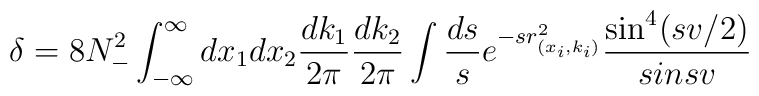
\delta=8N_{-}^{2}\int_{-\infty}^{\infty} dx_1 dx_2 \frac{dk_1}{2\pi}\frac{dk_2}{2\pi}\int \frac{ds}{s} e^{-sr^2_{(x_i,k_i)}}\frac{\sin^{4} (sv/2)}{sin sv}